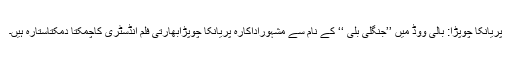
پریانکا چوپڑا: بالی ووڈ میں ’’جنگلی بلی ‘‘ کے نام سے مشہوراداکارہ پریانکا چوپڑابھارتی فلم انڈسٹری کاچمکتا دمکتاستارہ ہیں۔